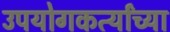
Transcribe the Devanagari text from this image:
उपयोगकर्त्यांच्या